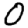
Digit: 0